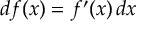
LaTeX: d f ( x ) = f ^ { \prime } ( x ) \, d x